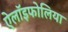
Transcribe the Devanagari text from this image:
ऐलॉइफोलिया